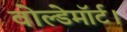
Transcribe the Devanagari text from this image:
वोल्डेमॉर्ट।